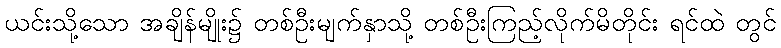
ယင်းသို့သော အချိန်မျိုး၌ တစ်ဦးမျက်နှာသို့ တစ်ဦးကြည့်လိုက်မိတိုင်း ရင်ထဲ တွင်